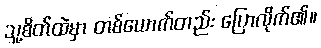
သူ့စိတ်ထဲမှာ တစ်ယောက်တည်း ပြောလိုက်၏။